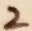
Text: 2